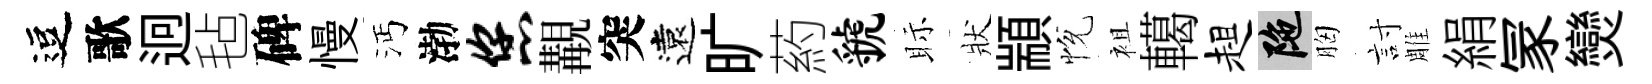
逗歌迥毡碑慢沔渤您覯突遠旷葯虢眎狀顓恱袓轕趄陀胸討雕絹冡𤓖